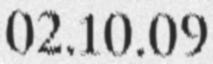
02.10.09